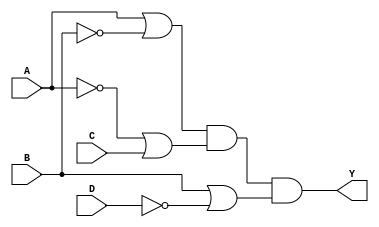
module pos_logic_block (
    input wire A,      // First input variable
    input wire B,      // Second input variable
    input wire C,      // Third input variable
    input wire D,      // Fourth input variable
    output wire Y      // Output
);

// Internal wires for the sum terms
wire term1; // (A + B')
wire term2; // (A' + C)
wire term3; // (B + D')

// Sum term 1: A + B'
assign term1 = A | ~B;

// Sum term 2: A' + C
assign term2 = ~A | C;

// Sum term 3: B + D'
assign term3 = B | ~D;

// Output Y: product of the sum terms
assign Y = term1 & term2 & term3;

endmodule